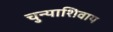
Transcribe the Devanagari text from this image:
चुन्याशिवाय